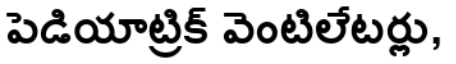
పెడియాట్రిక్ వెంటిలేటర్లు,